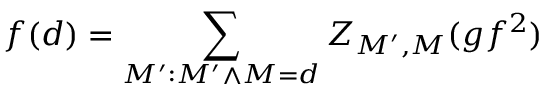
f ( d ) = \sum _ { M ^ { \prime } : M ^ { \prime } \wedge M = d } Z _ { M ^ { \prime } , M } ( g f ^ { 2 } )